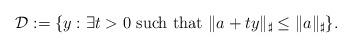
LaTeX: \begin{align*}\mathcal{D}:=\{y:\exists t>0\mbox{ such that }\|a+ty\|_\sharp\leq\|a\|_\sharp\}.\end{align*}